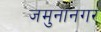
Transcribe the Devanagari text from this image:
जमुनानगर